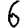
Digit: 6